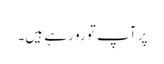
پر آپ تو رو رہے ہیں۔